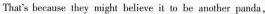
That's because they might believe it io be another panda ,